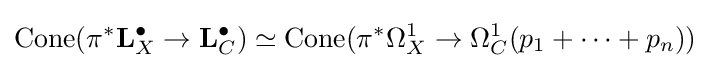
{\text{Cone}}(\pi ^{*}\mathbf {L} _{X}^{\bullet }\to \mathbf {L} _{C}^{\bullet })\simeq {\text{Cone}}(\pi ^{*}\Omega _{X}^{1}\to \Omega _{C}^{1}(p_{1}+\cdots +p_{n}))